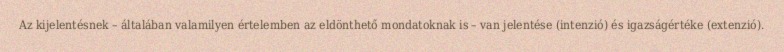
Az kijelentésnek – általában valamilyen értelemben az eldönthető mondatoknak is – van jelentése (intenzió) és igazságértéke (extenzió).